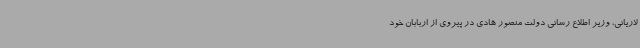
لاریانی، وزیر اطلاع رسانی دولت منصور هادی در پیروی از اربابان خود